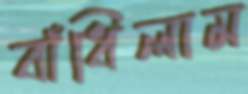
বাঁধিলাম